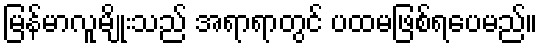
မြန်မာလူမျိုးသည် အရာရာတွင် ပထမဖြစ်ရပေမည်။